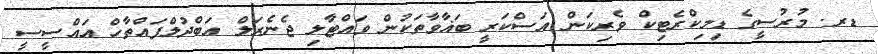
ޑރ. މުރުސީގެ ޑިމިކްރެޓިކް ވެރިކަން އަސްކަރީ ބަޣާވާތަކުން ވައްޓާލި ޖެނެރަލް އަބްދުލްފައްތާހް އައްސީސީ